Report of veterinary surgeon J.H. Steel, A.V.D., on his investigation into an obscure and fatal disease among transport mules in British Burma
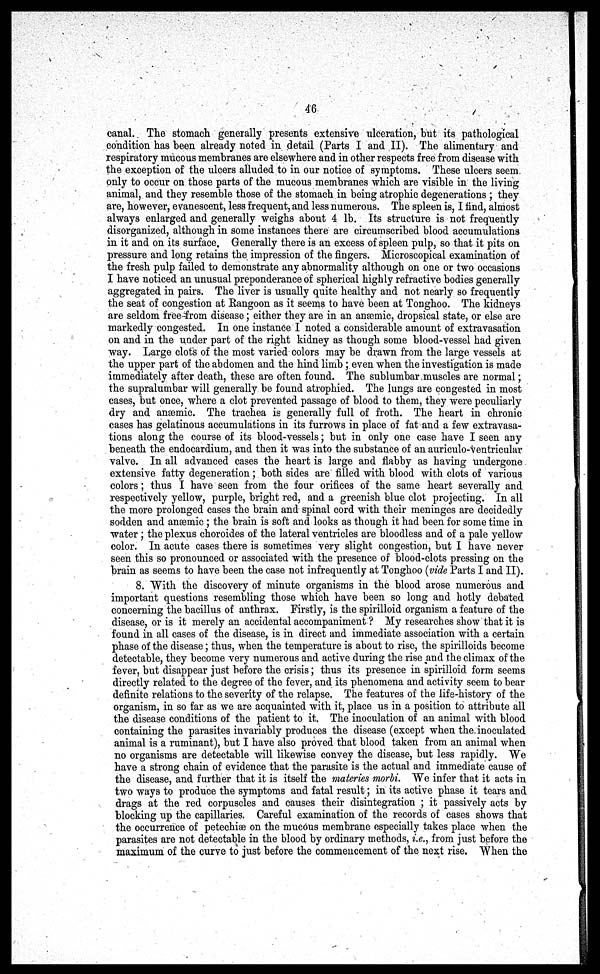
46
canal. The stomach generally presents extensive ulceration, but its pathological
condition has been already noted in detail (Parts I and II). The alimentary and
respiratory mucous membranes are elsewhere and in other respects free from disease with
the exception of the ulcers alluded to in our notice of symptoms. These ulcers seem
only to occur on those parts of the mucous membranes which are visible in the living
animal, and they resemble those of the stomach in being atrophic degenerations ; they
are, however, evanescent, less frequent, and less numerous. The spleen is, I find, almost
always enlarged and generally weighs about 4 lb. Its structure is not frequently
disorganized, although in some instances there are circumscribed blood accumulations
in it and on its surface. Generally there is an excess of spleen pulp, so that it pits on
pressure and long retains the impression of the fingers. Microscopical examination of
the fresh pulp failed to demonstrate any abnormality although on one or two occasions
I have noticed an unusual preponderance of spherical highly refractive bodies generally
aggregated in pairs. The liver is usually quite healthy and not nearly so frequently
the seat of congestion at Rangoon as it seems to have been at Tonghoo. The kidneys
are seldom free-from disease; either they are in an anæmic, dropsical state, or else are
markedly congested. In one instance I noted a considerable amount of extravasation
on and in the under part of the right kidney as though some blood-vessel had given
way. Large clot's of the most varied colors may be drawn from the large vessels at
the upper part of the abdomen and the hind limb; even when the investigation is made
immediately after death, these are often found. The sublumbar muscles are normal;
the supralumbar will generally be found atrophied. The lungs are congested in most
cases, but once, where a clot prevented passage of blood to them, they were peculiarly-
dry and anæmic. The trachea is generally full of froth. The heart in chronic
cases has gelatinous accumulations in its furrows in place of fat and a few extravasa-
tions along the course of its blood-vessels; but in only one case have I seen any
beneath the endocardium, and then it was into the substance of an auriculo -ventricular
valve. In all advanced cases the heart is large and flabby as having undergone
extensive fatty degeneration; both sides are filled with blood with clots of various
colors; thus I have seen from the four orifices of the same heart severally and
respectively yellow, purple, bright red, and a greenish blue clot projecting. In all
the more prolonged cases the brain and spinal cord with their meninges are decidedly
sodden and anæmic; the brain is soft and looks as though it had been for some time in
water ; the plexus choroides of the lateral ventricles are bloodless and of a pale yellow
color. In acute cases there is sometimes very slight congestion, but I have never
seen this so pronounced or associated with the presence of blood-clots pressing on the
brain as seems to have been the case not infrequently at Tonghoo (vide Parts I and II).
8. With the discovery of minute organisms in the blood arose numerous and
important questions resembling those which have been so long and hotly debated
concerning the bacillus of anthrax. Firstly, is the spirilloid organism a feature of the
disease, or is it merely an accidental accompaniment ? My researches show that it is
found in all cases of the disease, is in direct and immediate association with a certain
phase of the disease; thus, when the temperature is about to rise, the spirilloids become
detectable, they become very numerous and active during the rise and the climax of the
fever, but disappear just before the crisis; thus its presence in spirilloid form seems
directly related to the degree of the fever, and its phenomena and activity seem to bear
definite relations to the severity of the relapse. The features of the life-history of the
organism, in so far as we are acquainted with it, place us in a position to attribute all
the disease conditions of the patient to it. The inoculation of an animal with blood
containing the parasites invariably produces the disease (except when the. inoculated
animal is a ruminant), but I have also proved that blood taken from an animal when
no organisms are detectable will likewise convey the disease, but less rapidly. We
have a strong chain of evidence that the parasite is the actual and immediate cause of
the disease, and further that it is itself the materies morbi. We infer that it acts in
two ways to produce the symptoms and fatal result; in its active phase it tears and
drags at the red corpuscles and causes their disintegration ; it passively acts by
blocking up the capillaries. Careful examination of the records of cases shows that
the occurrence of petechiæ on the mucous membrane especially takes place when the
parasites are not detectable in the blood by ordinary methods, i.e., from just before the
maximum of the curve to just before the commencement of the next rise. When the